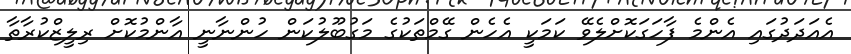
އެއަދަދުގައި އެންމެ ފާހަގަކޮށްލެވޭ ކަމަކީ އެހެން ގޭމްތަކުގެ މަގުބޫލުކަން ހުންނާނީ އާންމުކޮށް ރިލީޒްކުރާތާ